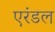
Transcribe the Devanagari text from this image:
एरंडल